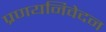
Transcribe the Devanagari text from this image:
प्रणयनिवेदन